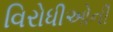
વિરોધીઓની